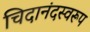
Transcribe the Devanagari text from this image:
चिदानंदस्वरूप